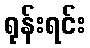
ရုန်းရင်း